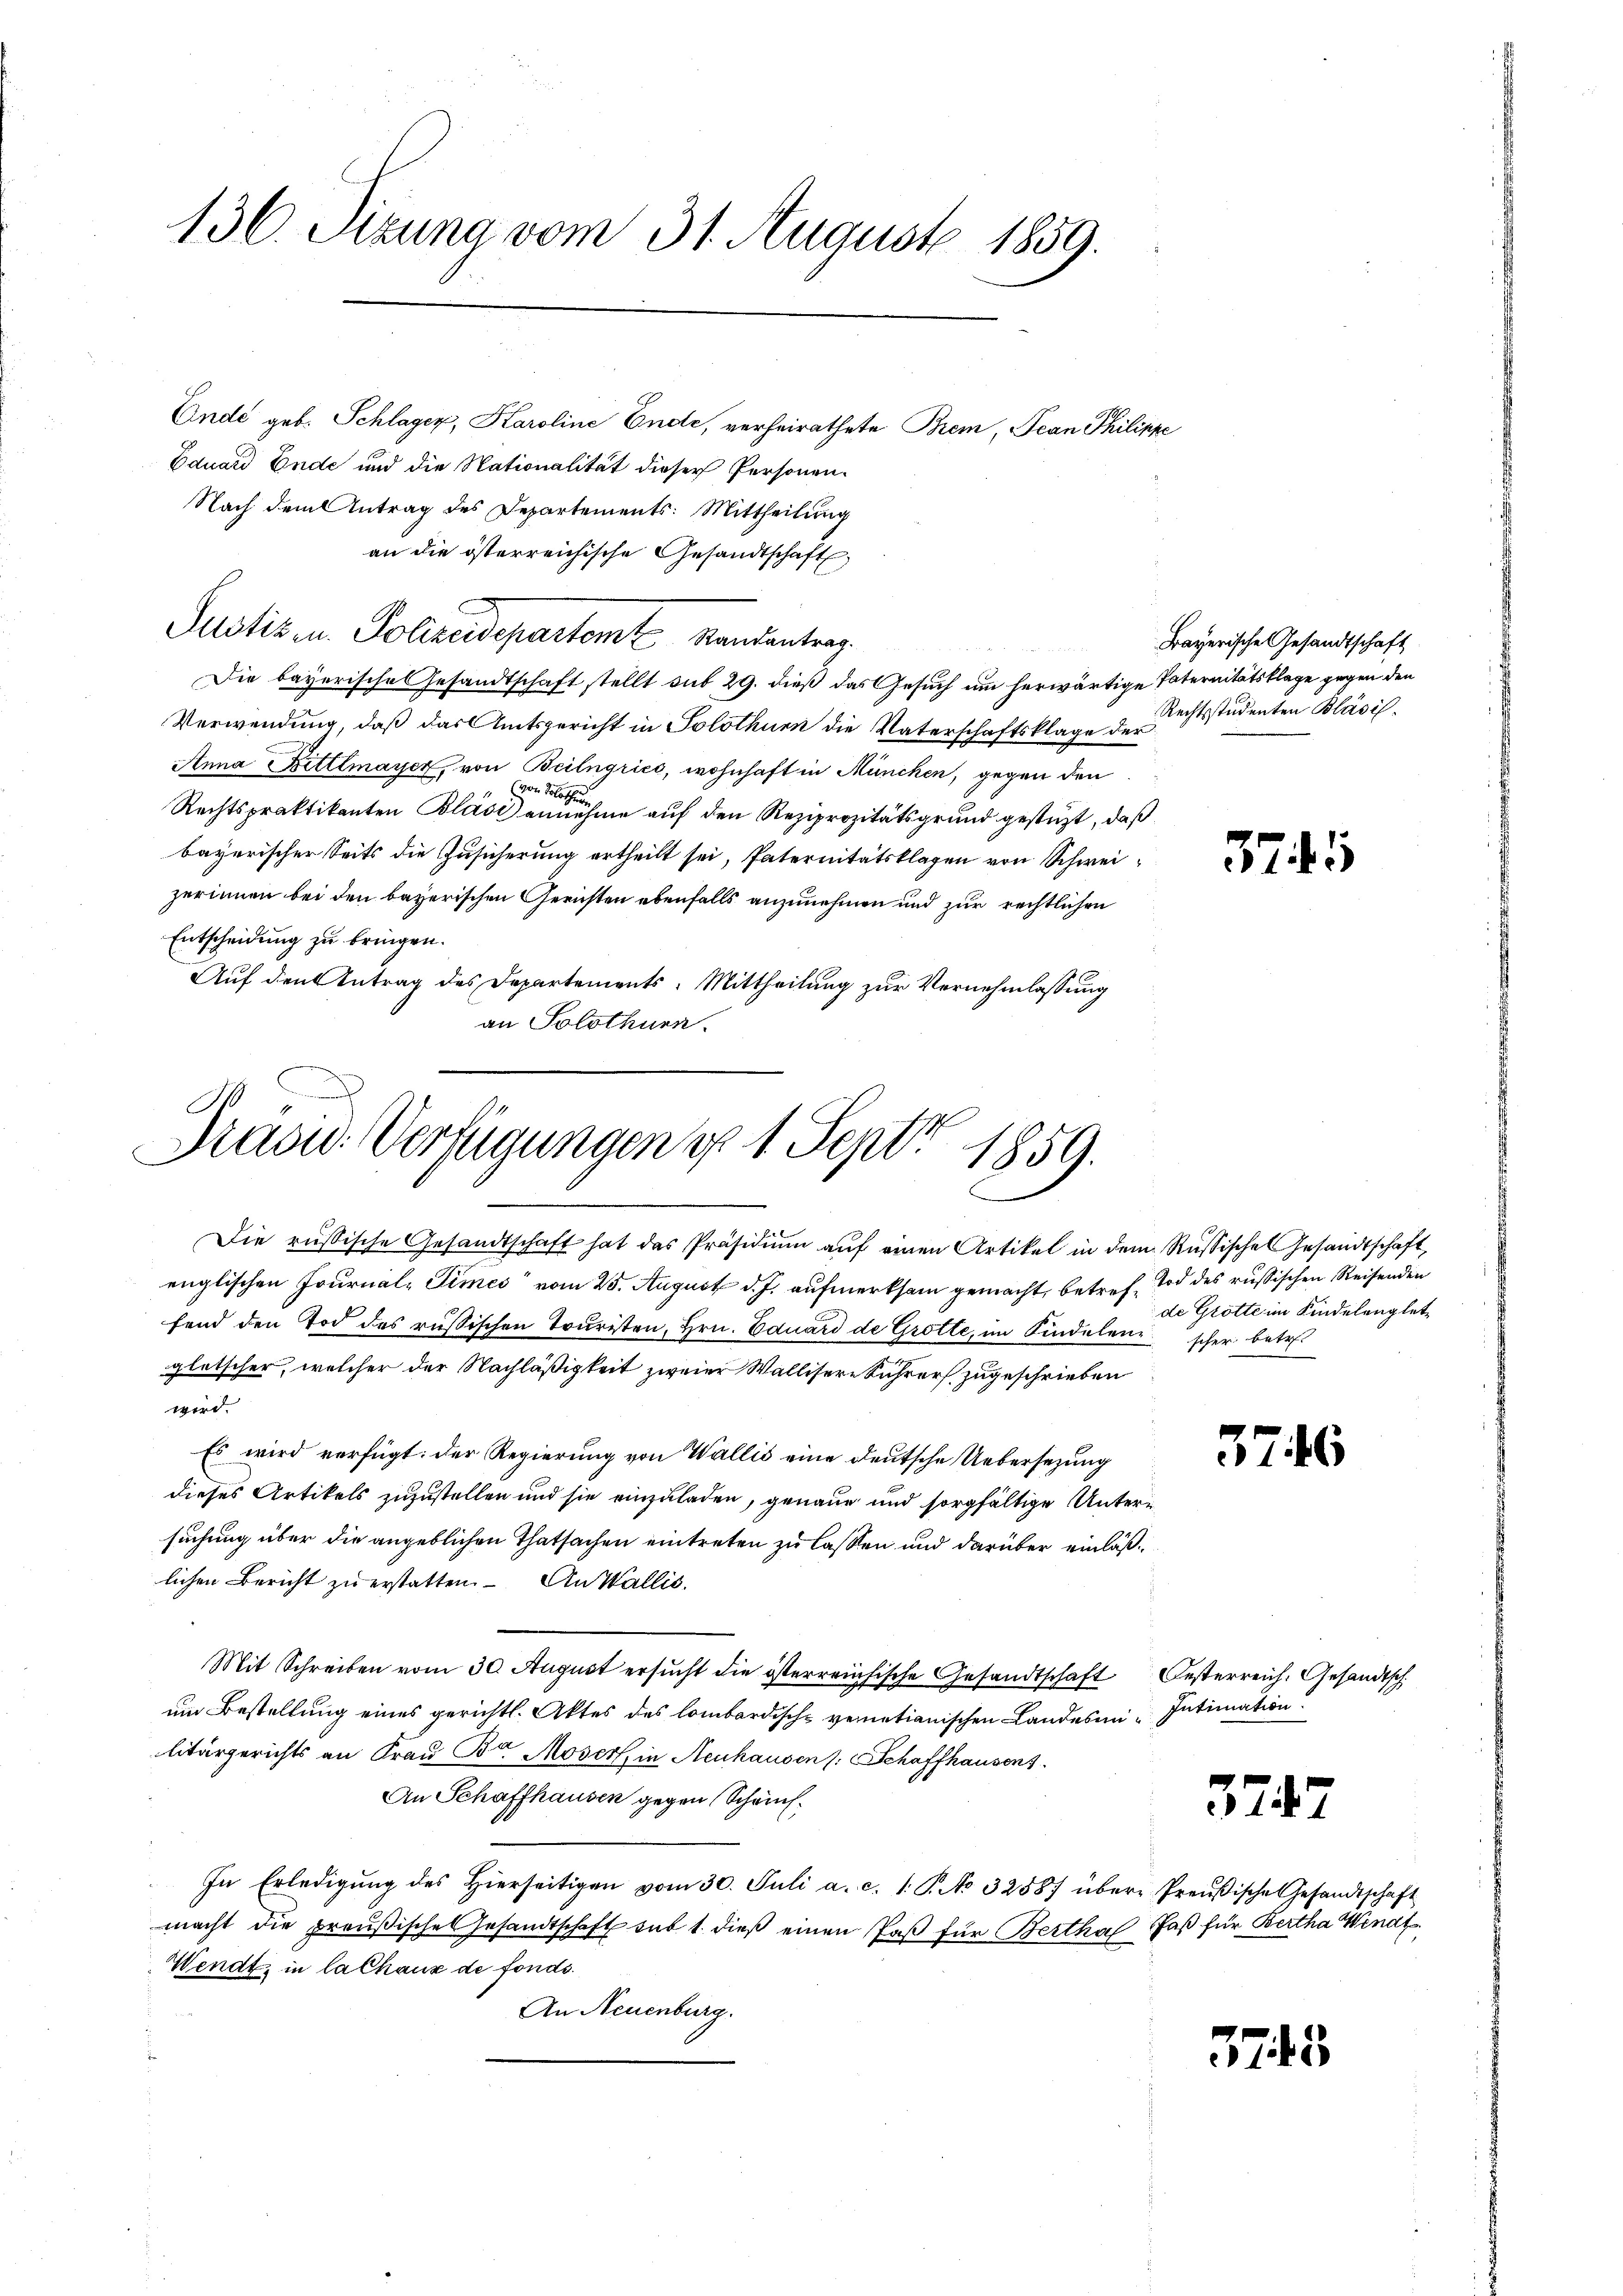
136. Sizung vom 31. August 1859.

Ende geb. Schlager, Karoline Ende, verheirathete Brem, Jean Philippe
Eduard Ende und die Nationalität dieser Personen¬
Nach dem Antrag des Departements: Mittheilung
an die österreichische Gesandtschaft,
Justiz in Polizeidepartamt Randantrag.
Die bayerische Gesandtschaft stellt sub 29. dieß das Gesuch um herwärtige Paternitätsklage gegen den
Verwendung, daß das Amtsgericht in Solothurn die Vaterschaftsklage der
Anna Bittlmayer, von Beilngries, wohnhaft in München, gegen den
(von Solothur
Rechtspraktikanten Blase annehme auf den Reziprozitätsgrund gestüzt, daß
bayerischer Seits die Zusicherung ertheilt sei, Paternitätsklagen von Schweizerinnen bei den bayerischen Gerichten ebenfalls anzunehmen und zur rechtlichen
Entscheidung zu bringen.
Auf den Antrag des Departements: Mittheilung zur Vernehmlassung
an Solothurn.

Prasid. Verfügungen d. 1. Sept 1859.

Die russische Gesandtschaft hat das Präsidium auf einen Artikel in dem Russisches Gesandtschaft,
englischen Journal-Times“ vom 25. August d. J. aufmerksam gemacht, betref- Tod des russischen Reisenden
fend den Tod des russischen Touristen, Hrn. Eduard de Grotte, im Sindelene scher betr.
gletscher, welcher der Nachläßigkeit zweier Wallisere Sührer zugeschrieben
wird.
Es wird verfügt: der Regierung von Wallis eine deutsche Uebersezung
dieses Artikels zuzustellen und sie einzuladen, genaue und sorgfältige Untersuchung über die angeblichen Thatsachen eintreten zu lassen und darüber einläßlichen Bericht zu erstatten. An Wallis.
Mit Schreiben vom 30. August ersucht die österreichische Gesandtschaft Oesterreich. Gesandtsch
um Bestellung eines gerichtl. Aktes des lombardische vernationischen Landesmi Intimation
litärgerichts an Frau B. Moser, in Neuhausen (: Schaffhausent.
An Schaffhausen gegen Schrich¬
In Erledigŭng des hierseitigen vom 30. Juli a. c. 1. P. No 32887 über Preußische Gesandtschaft
macht die preußisches Gesandtschaft sub 1. dieß einen Paß für Bertha Paß für Bertha Wendt
Wendt, in la chaus de fonds.
An Neuenburg.

Bayerische Gesandtschaft
Rechtsstudenten Bläsil.

37

de Grötte im Kindelengletz

3746

574

7

5745